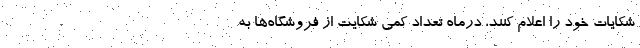
شکایات خود را اعلام کنند، درماه تعداد کمی شکایت از فروشگاه‌ها به